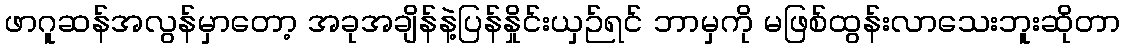
ဖာဂူဆန်အလွန်မှာတော့ အခုအချိန်နဲ့ပြန်နှိုင်းယှဉ်ရင် ဘာမှကို မဖြစ်ထွန်းလာသေးဘူးဆိုတာ